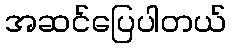
အဆင်ပြေပါတယ်